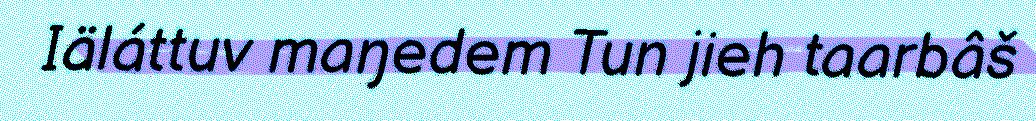
Iäláttuv maŋedem Tun jieh taarbâš